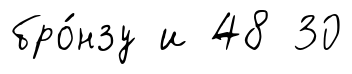
бро́нзу и 48 30